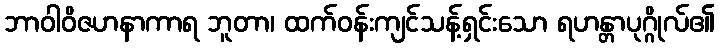
ဘာဝါဝိဇဟနာကာရ ဘူတာ၊ ထက်ဝန်းကျင်သန့်ရှင်းသော ရဟန္တာပုဂ္ဂိုလ်၏